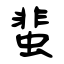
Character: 蜚